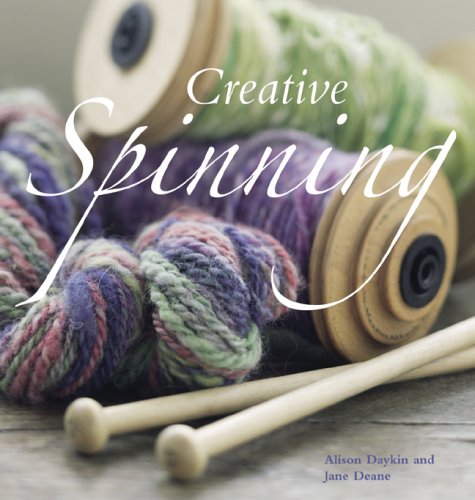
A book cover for Creative Spinning; Alison Daykin; Crafts, Hobbies & Home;